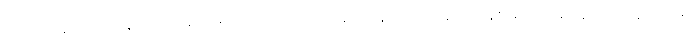
ဒါဟာ အရင် ၈၈ တုန်းက ရေးနဲ့ထားဝယ်ကိုတောင် တစ်နေကုန် မောင်းနေရတာနဲ့စာရင် လမ်းပန်းဆက်သွယ်ရေး